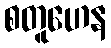
စတူဟေန